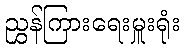
ညွှန်ကြားရေးမှူးရုံး